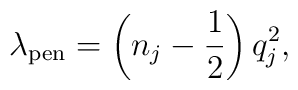
\lambda_{\rm pen} = \left(n_j - \frac{1}{2} \right) q_j^2,